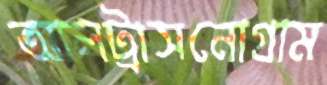
আলট্রাসনোগ্রাম